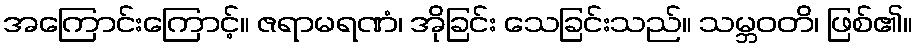
အကြောင်းကြောင့်။ ဇရာမရဏံ၊ အိုခြင်း သေခြင်းသည်။ သမ္ဘဝတိ၊ ဖြစ်၏။